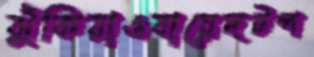
ঝুঁকিয়াওবায়েদটপ